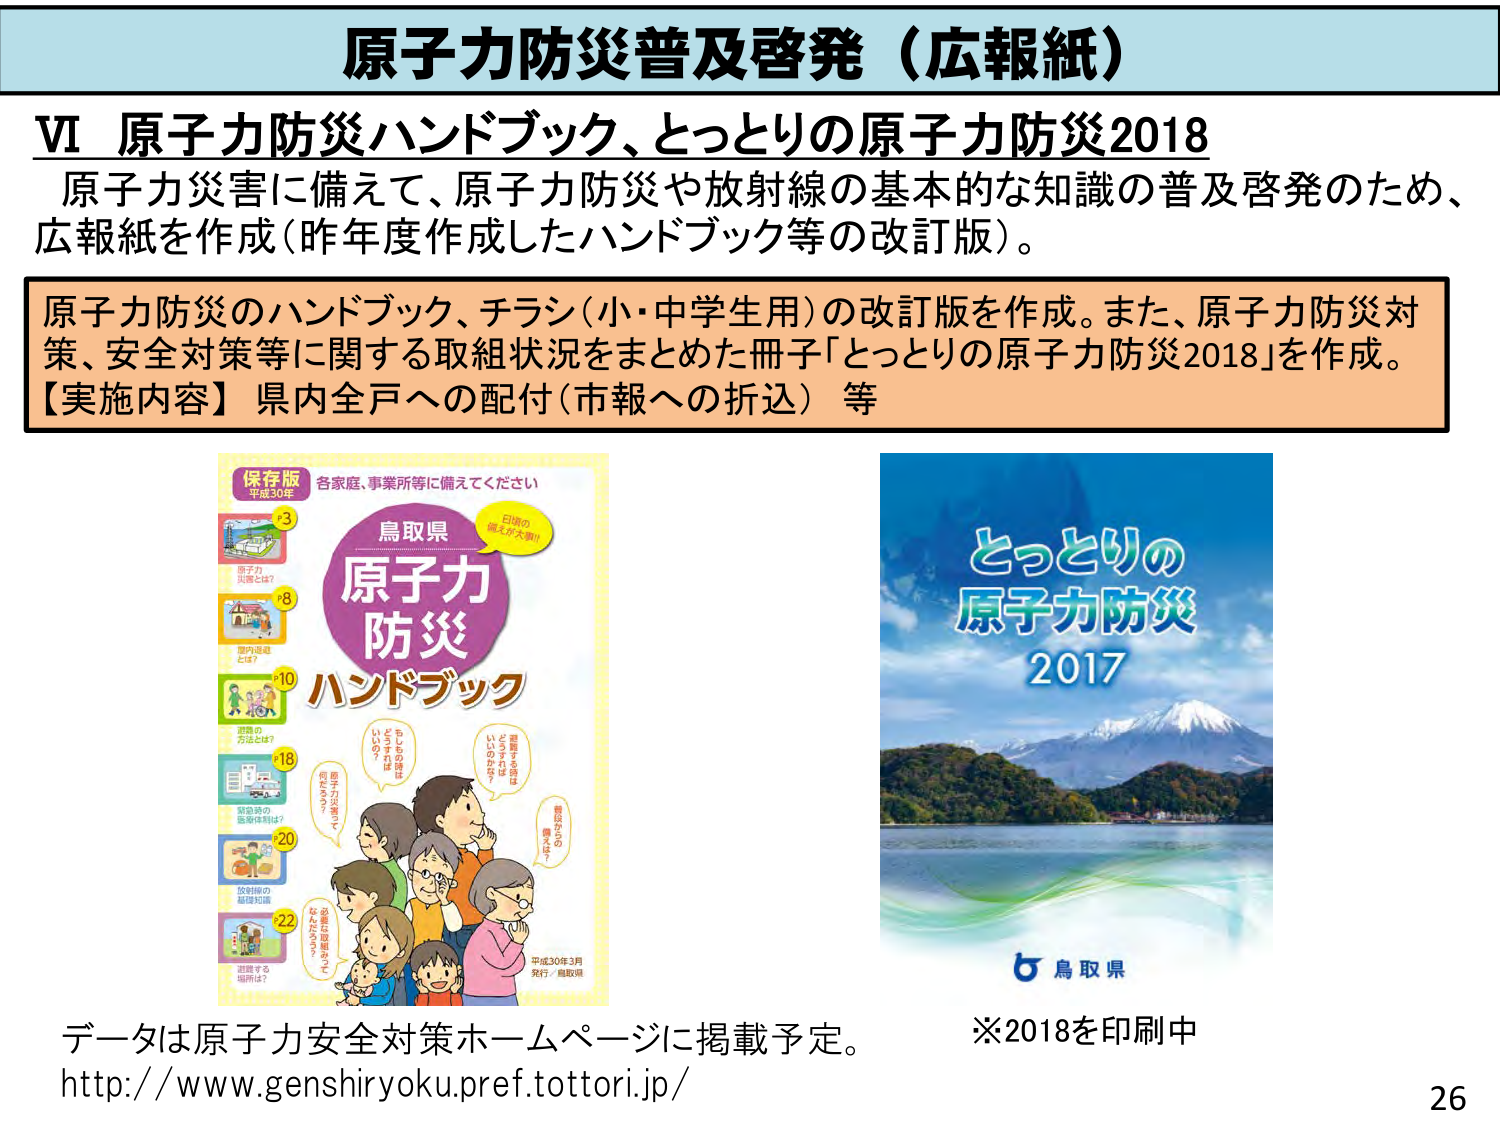
原子力防災普及啓発（広報紙）

Ⅵ 原子力防災ハンドブック、とっとりの原子力防災2018
原子力災害に備えて、原子力防災や放射線の基本的な知識の普及啓発のため、
広報紙を作成（昨年度作成したハンドブック等の改訂版）。

原子力防災のハンドブック、チラシ（小・中学生用）の改訂版を作成。また、原子力防災対
策、安全対策等に関する取組状況をまとめた冊子「とっとりの原子力防災2018」を作成。
【実施内容】県内全戸への配付（市報への折込）等

保存版
平成30年
各家庭、事業所等に備えてください
P3
原子力
災害とは？
P8
屋内退避
とは？
P10
避難の
方法とは？
P18
緊急時の
医療は？
P20
放射線の
基礎知識
P22
避難する
場所は？
鳥取県
原子力
防災
ハンドブック
日頃の
備えが大事！
どうすれば
いいの？
もしもの時は
どうすれば
いいのかな？
避難する時は
どうすれば？
屋内退避で
何をやる？
緊急時の
備えを！
必要な取組って
なんだろうか？
平成30年3月
発行／鳥取県

とっとりの
原子力防災
2017
鳥取県

データは原子力安全対策ホームページに掲載予定。
http://www.genshiryoku.pref.tottori.jp/

※2018を印刷中

26